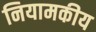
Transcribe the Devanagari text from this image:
नियामकीय